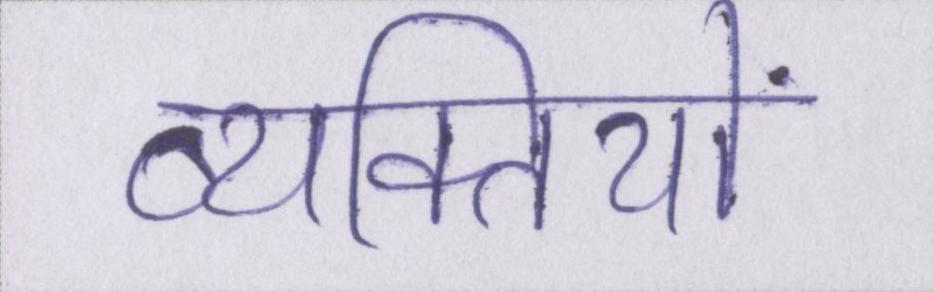
व्यक्तियों